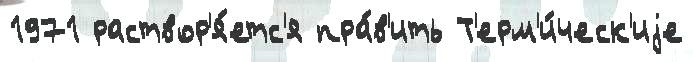
1971 раствор'я́етс'я пра́в'ить Т'ерм'и́ческ'иjе